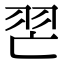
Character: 𦐀